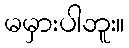
မမှားပါဘူး။